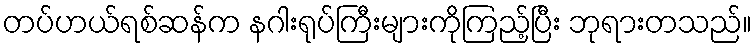
တပ်ဟယ်ရစ်ဆန်က နဂါးရုပ်ကြီးများကိုကြည့်ပြီး ဘုရားတသည်။